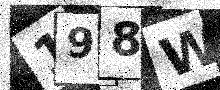
Text: 198W